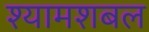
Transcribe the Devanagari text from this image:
श्यामशबल